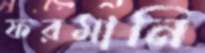
ফরমানি